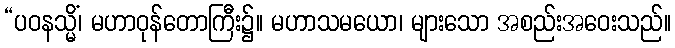
“ပဝနသ္မိံ၊ မဟာဝုန်တောကြီး၌။ မဟာသမယော၊ များသော အစည်းအဝေးသည်။